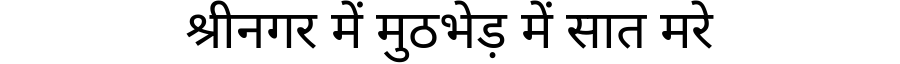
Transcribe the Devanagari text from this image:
श्रीनगर में मुठभेड़ में सात मरे